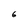
Character: 6